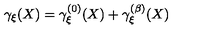
\gamma _ { \xi } ( X ) = \gamma _ { \xi } ^ { ( 0 ) } ( X ) + \gamma _ { \xi } ^ { ( \beta ) } ( X )